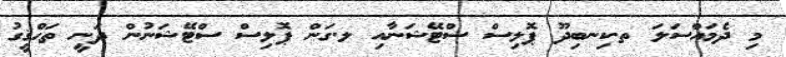
މި ދެމައްސަލަ ތ.ކިނބިދޫ ޕޮލިސް ސްޓޭޝަނާއި ލ.ގަން ޕޮލިސް ސްޓޭޝަނުން ދަނީ ތަޙްޤީގު